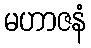
မဟာဇနံ